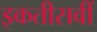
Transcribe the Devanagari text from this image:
इकतीसवीं